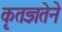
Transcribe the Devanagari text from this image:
कृतज्ञतेने